Annual report of the Punjab Veterinary College and of the Civil Veterinary Department, Punjab - 1920-1925
Year: 1920
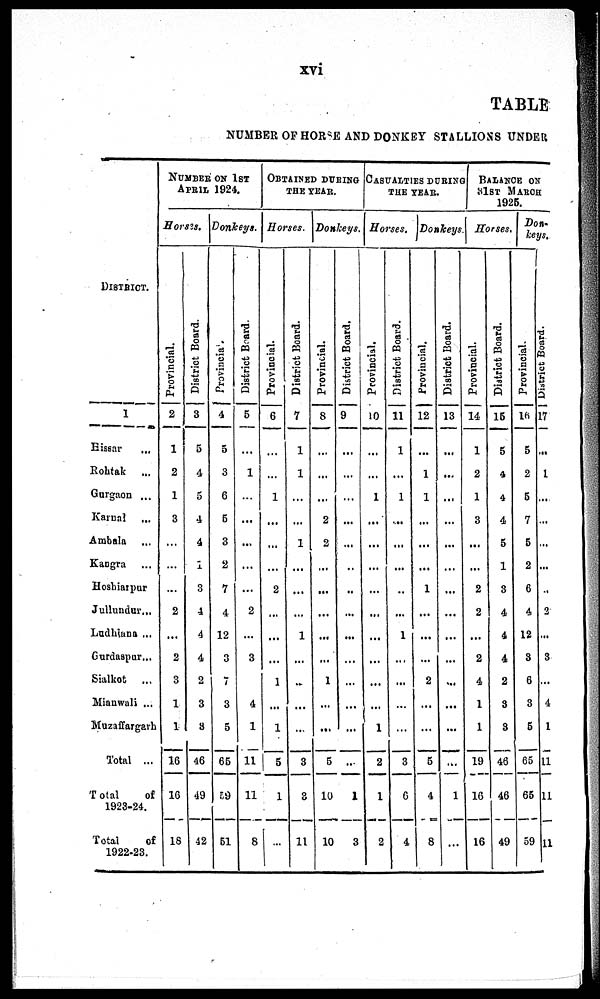
xvi
TABLE
NUMBER OF HORSE AND DONKEY STALLIONS UNDER
DISTRICT.
1
Eissar
...
Rohtak
...
Gurgaon ...
Karnal ...
Ambala ...
Kangra ...
Hoshiarpur
Jullundur ...
Ludhiana ...
Gurdaspur ...
Sialkot
...
Mianwali ...
Muzaffargarh
Total ...
Total
of
1923-24.
Total
of
1922-23.
NUMBER ON 1ST
APRIL 1924.
Horses.
Provincial.
2
1
2
1
3
...
...
...
2
...
2
3
1
1
16
16
18
District Board.
3
5
4
5
4
4
1
3
4
4
4
2
3
3
46
49
42
Donkeys.
Provincia .
4
5
3
6
5
3
2
7
4
12
3
7
3
5
65
59
51
District Board.
5
...
1
...
...
...
...
...
2
...
3
4
1
11
11
8
OBTAINED DURING
THE YEAR.
Horses.
Provincial.
6
...
...
1
...
...
...
2
...
...
...
1
...
1
5
1
...
District Board.
7
1
1
...
...
1
...
...
...
1
...
..
...
...
3
3
11
Donkeys.
Provincial.
8
...
...
...
2
2
...
...
...
...
...
1
...
...
5
10
10
District Board.
9
...
...
...
...
...
..
..
...
...
...
...
...
...
...
1
3
CASUALTIES DURING
THE YEAR.
Horses.
Provincial.
10
...
...
1
...
...
...
...
...
...
...
...
...
1
2
1
2
District Board.
11
1
...
1
....
...
...
..
...
1
...
...
...
...
3
6
4
Donkeys
Provincial.
12
...
1
1
...
...
...
1
...
...
...
2
...
...
5
4
8
District Board.
13
...
...
...
...
...
...
...
...
...
...
...
...
...
...
1
BALANCE ON
31ST MARCH
1925.
Horses.
Provincial.
14
1
2
1
3
...
...
2
2
...
2
4
1
1
19
16
16
District Board.
15
5
4
4
4
5
1
3
4
4
4
2
3
3
46
46
49
Don-
keys.
Provincial.
16
5
2
5
7
5
2
6
4
12
3
6
3
5
65
65
59
District Board.
17
...
1
...
...
...
...
..
2
...
3
...
4
1
11
11
11